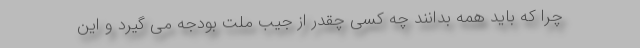
چرا که باید همه بدانند چه کسی چقدر از جیب ملت بودجه می گیرد و این